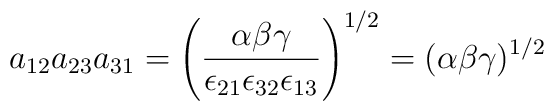
a_{12}a_{23}a_{31} = \left (\frac{\alpha \beta \gamma}{\epsilon_{21}\epsilon_{32}\epsilon_{13}}\right )^{1/2} = (\alpha \beta \gamma)^{1/2}